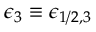
\epsilon _ { 3 } \equiv \epsilon _ { 1 / 2 , 3 }